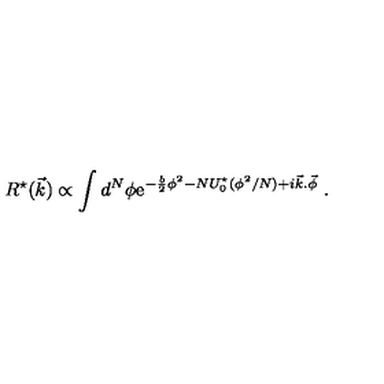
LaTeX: R ^ { \star } ( \vec { k } ) \propto \int d ^ { N } \phi \mathrm { e } ^ { - { \frac { b } { 2 } } \phi ^ { 2 } - N U _ { 0 } ^ { \star } ( \phi ^ { 2 } / N ) + i \vec { k } . \vec { \phi } } \ .